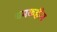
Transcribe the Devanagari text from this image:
चमकहीन